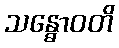
သန္ဓောဝတိ